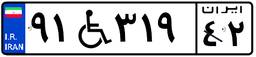
۵۳W۷۶۶۵۷